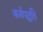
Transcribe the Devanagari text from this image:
कर्मपद्धति